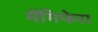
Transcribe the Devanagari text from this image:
मेंगिफेरा